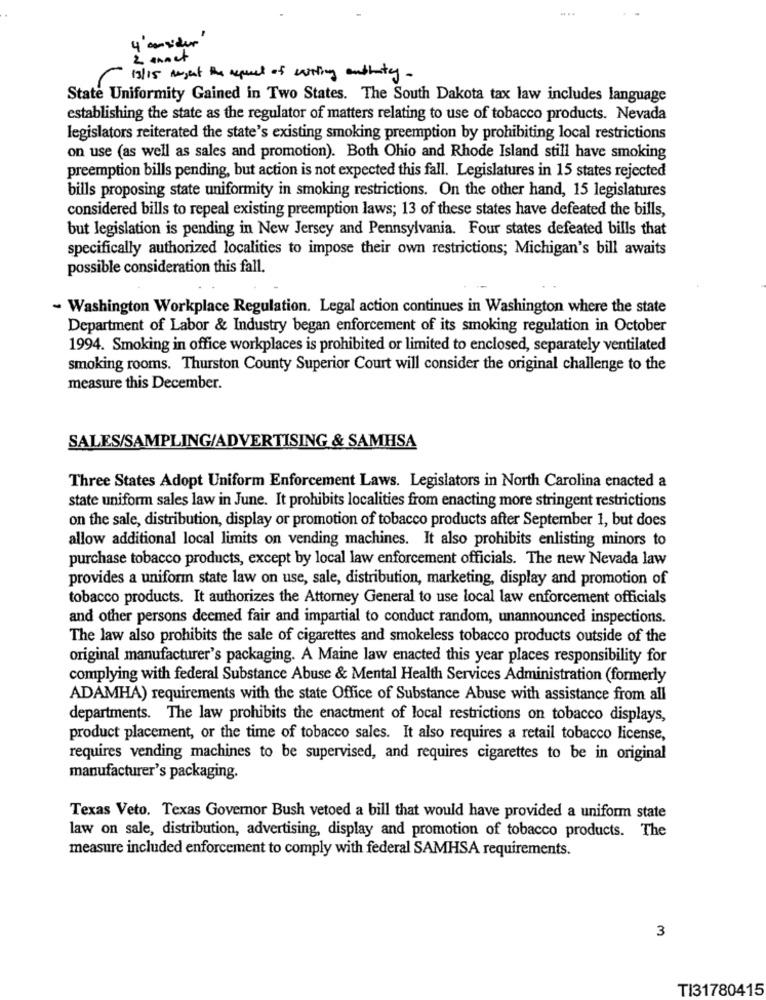
4 ansider
2 annet
19/15 Argent the acqueet of writing andhuty -
State Uniformity Gained in Two States. The South Dakota tax law includes language
establishing the state as the regulator of matters relating to use of tobacco products. Nevada
legislators reiterated the state's existing smoking preemption by prohibiting local restrictions
on use (as well as sales and promotion). Both Ohio and Rhode Island still have smoking
preemption bills pending, but action is not expected this fall. Legislatures in 15 states rejected
bills proposing state uniformity in smoking restrictions. On the other hand, 15 legislatures
considered bills to repeal existing preemption laws; 13 of these states have defeated the bills,
but legislation is pending in New Jersey and Pennsylvania. Four states defeated bills that
specifically authorized localities to impose their own restrictions; Michigan's bill awaits
possible consideration this fall.
- Washington Workplace Regulation. Legal action continues in Washington where the state
Department of Labor & Industry began enforcement of its smoking regulation in October
1994. Smoking in office workplaces is prohibited or limited to enclosed, separately ventilated
smoking rooms. Thurston County Superior Court will consider the original challenge to the
measure this December.
SALES/SAMPLING/ADVERTISING & SAMHSA
Three States Adopt Uniform Enforcement Laws. Legislators in North Carolina enacted a
state uniform sales law in June. It prohibits localities from enacting more stringent restrictions
on the sale, distribution, display or promotion of tobacco products after September 1, but does
allow additional local limits on vending machines. It also prohibits enlisting minors to
purchase tobacco products, except by local law enforcement officials. The new Nevada law
provides a uniform state law on use, sale, distribution, marketing, display and promotion of
tobacco products. It authorizes the Attorney General to use local law enforcement officials
and other persons deemed fair and impartial to conduct random, unannounced inspections.
The law also prohibits the sale of cigarettes and smokeless tobacco products outside of the
original manufacturer's packaging. A Maine law enacted this year places responsibility for
complying with federal Substance Abuse & Mental Health Services Administration (formerly
ADAMHA) requirements with the state Office of Substance Abuse with assistance from all
departments. The law prohibits the enactment of local restrictions on tobacco displays,
product placement, or the time of tobacco sales. It also requires a retail tobacco license,
requires vending machines to be supervised, and requires cigarettes to be in original
manufacturer's packaging.
Texas Veto. Texas Governor Bush vetoed a bill that would have provided a uniform state
law on sale, distribution, advertising, display and promotion of tobacco products. The
measure included enforcement to comply with federal SAMHSA requirements.
3
TI31780415